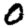
Digit: 0